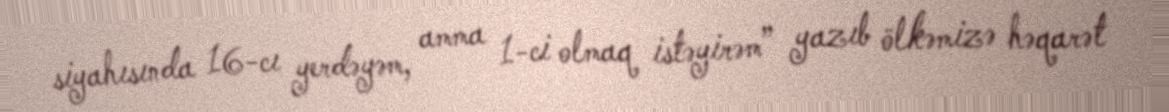
siyahısında 16-cı yerdəyəm, amma 1-ci olmaq istəyirəm” yazıb ölkəmizə həqarət